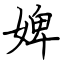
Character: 婢